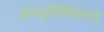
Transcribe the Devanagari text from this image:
ॲल्युमिनियमचे